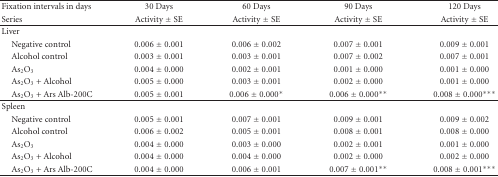
| Fixation intervals in days | 30 Days | 60 Days | 90 Days | 120 Days |
 | Series | Activity ± SE | Activity ± SE | Activity ± SE | Activity ± SE |
 | --- | --- | --- | --- | --- |
 | Liver |  |  |  |  |
 | Negative control | 0.006 ± 0.001 | 0.006 ± 0.002 | 0.007 ± 0.001 | 0.009 ± 0.001 |
 | Alcohol control | 0.003 ± 0.001 | 0.003 ± 0.001 | 0.007 ± 0.002 | 0.007 ± 0.001 |
 | As2O3 | 0.004 ± 0.000 | 0.002 ± 0.001 | 0.001 ± 0.000 | 0.001 ± 0.000 |
 | As2O3 + Alcohol | 0.005 ± 0.000 | 0.003 ± 0.001 | 0.002 ± 0.000 | 0.001 ± 0.000 |
 | As2O3 + Ars Alb-200C | 0.005 ± 0.001 | 0.006 ± 0.000* | 0.006 ± 0.000** | 0.008 ± 0.000*** |
 | Spleen |  |  |  |  |
 | Negative control | 0.005 ± 0.001 | 0.007 ± 0.001 | 0.009 ± 0.001 | 0.009 ± 0.002 |
 | Alcohol control | 0.006 ± 0.002 | 0.005 ± 0.001 | 0.008 ± 0.001 | 0.008 ± 0.000 |
 | As2O3 | 0.004 ± 0.000 | 0.003 ± 0.000 | 0.002 ± 0.001 | 0.001 ± 0.000 |
 | As2O3 + Alcohol | 0.004 ± 0.000 | 0.004 ± 0.000 | 0.002 ± 0.000 | 0.002 ± 0.000 |
 | As2O3 + Ars Alb-200C | 0.004 ± 0.000 | 0.006 ± 0.001 | 0.007 ± 0.001** | 0.008 ± 0.001*** |